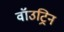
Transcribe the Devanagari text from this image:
वॉउट्रिन